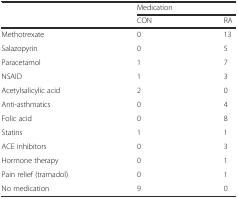
<table><thead><tr><td>[EMPTY_CELL]</td><td colspan="2"><b>Medication</b></td></tr><tr><td>[EMPTY_CELL]</td><td><b>CON</b></td><td><b>RA</b></td></tr></thead><tbody><tr><td>Methotrexate</td><td>0</td><td>13</td></tr><tr><td>Salazopyrin</td><td>0</td><td>5</td></tr><tr><td>Paracetamol</td><td>1</td><td>7</td></tr><tr><td>NSAID</td><td>1</td><td>3</td></tr><tr><td>Acetylsalicylic acid</td><td>2</td><td>0</td></tr><tr><td>Anti-asthmatics</td><td>0</td><td>4</td></tr><tr><td>Folic acid</td><td>0</td><td>8</td></tr><tr><td>Statins</td><td>1</td><td>1</td></tr><tr><td>ACE inhibitors</td><td>0</td><td>3</td></tr><tr><td>Hormone therapy</td><td>0</td><td>1</td></tr><tr><td>Pain relief (tramadol)</td><td>0</td><td>1</td></tr><tr><td>No medication</td><td>9</td><td>0</td></tr></tbody></table>